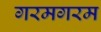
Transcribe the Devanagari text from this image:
गरमगरम